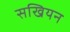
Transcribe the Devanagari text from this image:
सखियन